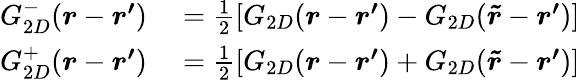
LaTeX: \begin{array}{rl}{G_{2D}^{-}(\boldsymbol{r}-\boldsymbol{r^{\prime}})}&{{}=\frac{1}{2}[G_{2D}(\boldsymbol{r}-\boldsymbol{r^{\prime}})-G_{2D}(\boldsymbol{\tilde{r}}-\boldsymbol{r^{\prime}})]}\\ {G_{2D}^{+}(\boldsymbol{r}-\boldsymbol{r^{\prime}})}&{{}=\frac{1}{2}[G_{2D}(\boldsymbol{r}-\boldsymbol{r^{\prime}})+G_{2D}(\boldsymbol{\tilde{r}}-\boldsymbol{r^{\prime}})]}\end{array}